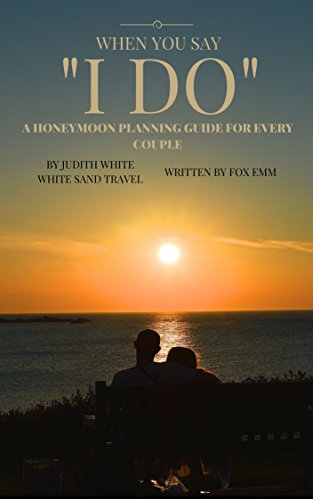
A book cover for When You Say I Do: A Honeymoon Planning Guide for Every Couple; Fox Emm; Crafts, Hobbies & Home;